Vaccination returns of the Province of Eastern Bengal and Assam - 1905-1912
Year: 1905
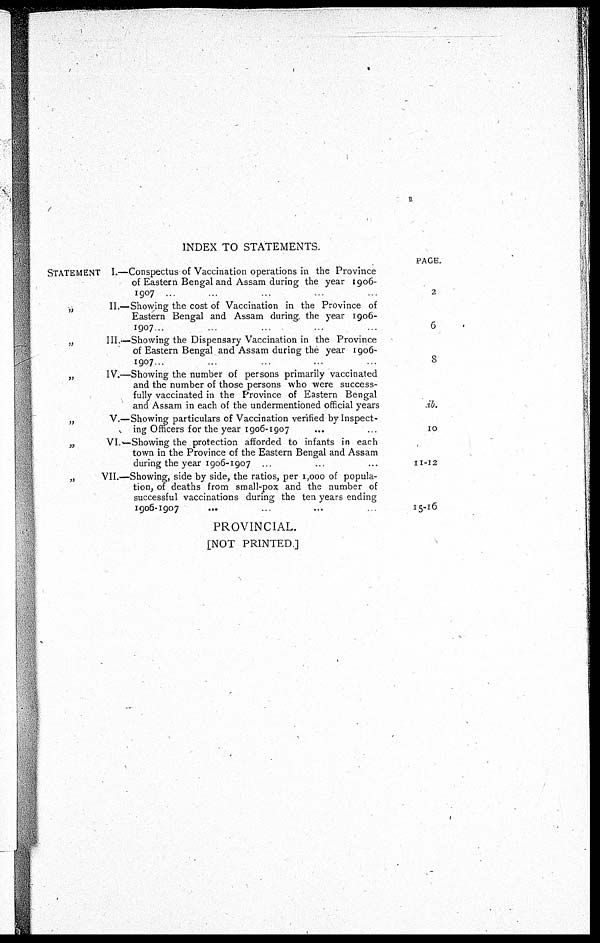
INDEX TO STATEMENTS.
STATEMENT I—Conspectus of Vaccination operations in the Province
of Eastern Bengal and Assam during the year 1906-
1907 ... ... ... ... ...
„
II.—Showing the cost of Vaccination in the Province of
Eastern Bengal and Assam during the year 1906-
1907... ... ... ... ...
„
III.—Showing the Dispensary Vaccination in the Province
of Eastern Bengal and Assam during the year 1906-
1907... ... ... ... ...
„
IV.—Showing the number of persons primarily vaccinated
and the number of those persons who were success-
fully vaccinated in the Province of Eastern Bengal
and Assam in each of the undermentioned official years
„
V.—Showing particulars of Vaccination verified by Inspect-
ing Officers for the year 1906-1907 ... ...
„
VI.—Showing the protection afforded to infants in each
town in the Province of the Eastern Bengal and Assam
during the year 1906-1907 ... ... ...
„
VII.—Showing, side by side, the ratios, per 1,000 of popula-
tion, of deaths from small-pox and the number of
successful vaccinations during the ten years ending
1906-1907
...
...
...
...
PAGE.
2
6
8
id.
10
11-12
15-16
PROVINCIAL.
[NOT PRINTED.]